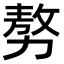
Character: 𠢕